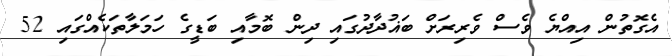
އެގޮތުން އިއްޔެ ވެސް ވެރިރަށް ބަޣުދާދުގައި ދިން ބޮމާއި ބަޑީގެ ހަމަލާތަކެއްގައި 52